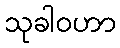
သုခါဝဟာ